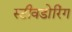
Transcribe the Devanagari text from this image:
स्टीवडोरिंग